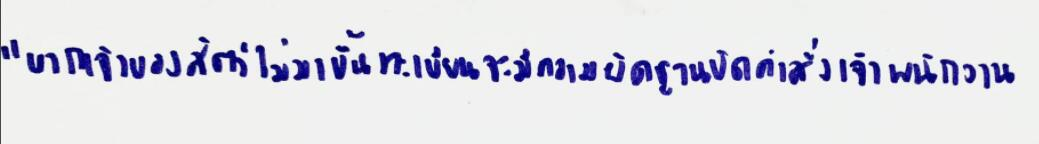
"หากเจ้าของสัตว์ไม่มาขึ้นทะเบียนจะมีความผิดฐานขัดคำสั่งเจ้าพนักงาน